Lunatic asylums United Prov. 1922-30 - 1922-1930
Year: 1922
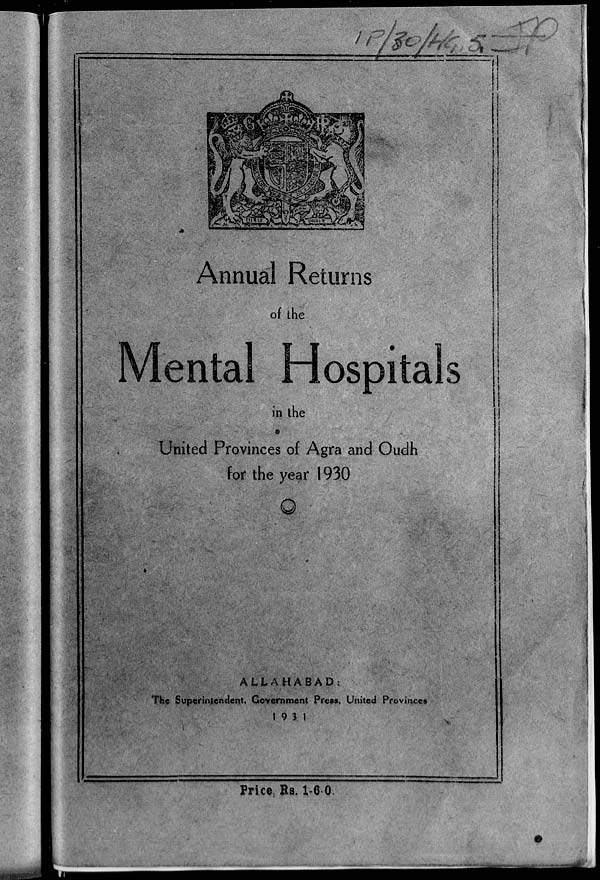
Annual Returns
of the
Mental
Hospitals
in the
United Provinces of Agra and Oudh
for the year 1930
ALLAHABAD:
The Superintendent, Government Press, United Provinces
1931
Price Rs. 1-6-0.